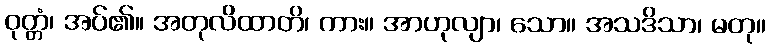
ဝုတ္တံ၊ အပ်၏။ အတုလိထာတိ၊ ကား။ အာဟုလျာ၊ သော။ အသဒိသာ၊ မတု။